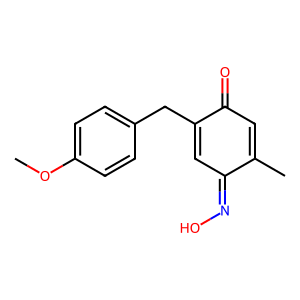
SMILES: COc1ccc(CC2=CC(=NO)C(C)=CC2=O)cc1
Inhibits HIV replication: No